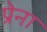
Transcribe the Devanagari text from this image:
प्रेना